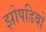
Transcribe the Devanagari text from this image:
झोपडियो